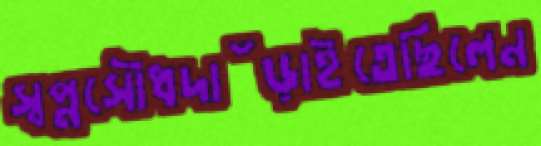
স্বপ্নসৌধদাঁড়াইতেছিলেন